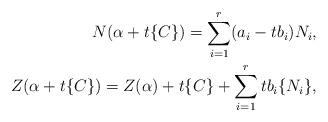
LaTeX: \begin{align*}N(\alpha+t\{C\})=\sum_{i=1}^{r}(a_i-tb_i)N_i,\\Z(\alpha+t\{C\})=Z(\alpha)+t\{C\}+\sum_{i=1}^{r}tb_i\{N_i\},\end{align*}